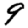
Digit: 9